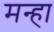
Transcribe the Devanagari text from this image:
मन्हा